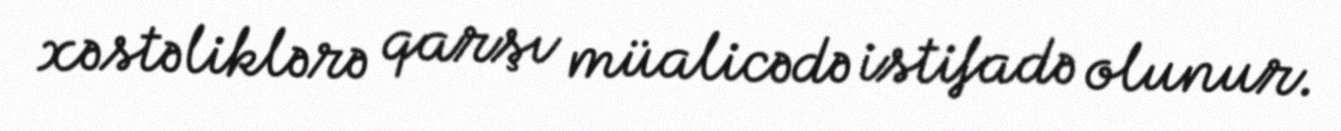
xəstəliklərə qarşı müalicədə istifadə olunur.